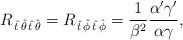
LaTeX: \begin{align*}R_{\,\hat{t}\,\hat{\theta}\,\hat{t}\,\hat{\theta}}=R_{\,\hat{t}\,\hat{\phi}\,\hat{t}\,\hat{\phi}}={1\over\beta^2}\frac{\alpha'\gamma'}{\alpha\gamma},\end{align*}